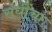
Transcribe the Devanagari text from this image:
संधींचा